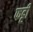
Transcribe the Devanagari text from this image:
फट्टी